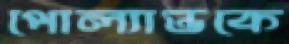
পোল্যান্ডকে